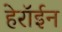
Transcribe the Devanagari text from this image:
हेरॉईन